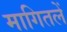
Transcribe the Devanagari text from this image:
मागितलें